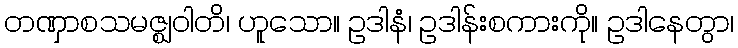
တဏှာစသမဇ္ဈဝါတိ၊ ဟူသော။ ဥဒါနံ၊ ဥဒါန်းစကားကို။ ဥဒါနေတွာ၊